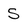
Character: S